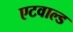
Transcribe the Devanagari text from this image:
एटवाल्ड